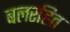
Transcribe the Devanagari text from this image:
बलरहित